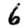
Digit: 6